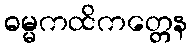
ဓမ္မကထိကတ္တေန